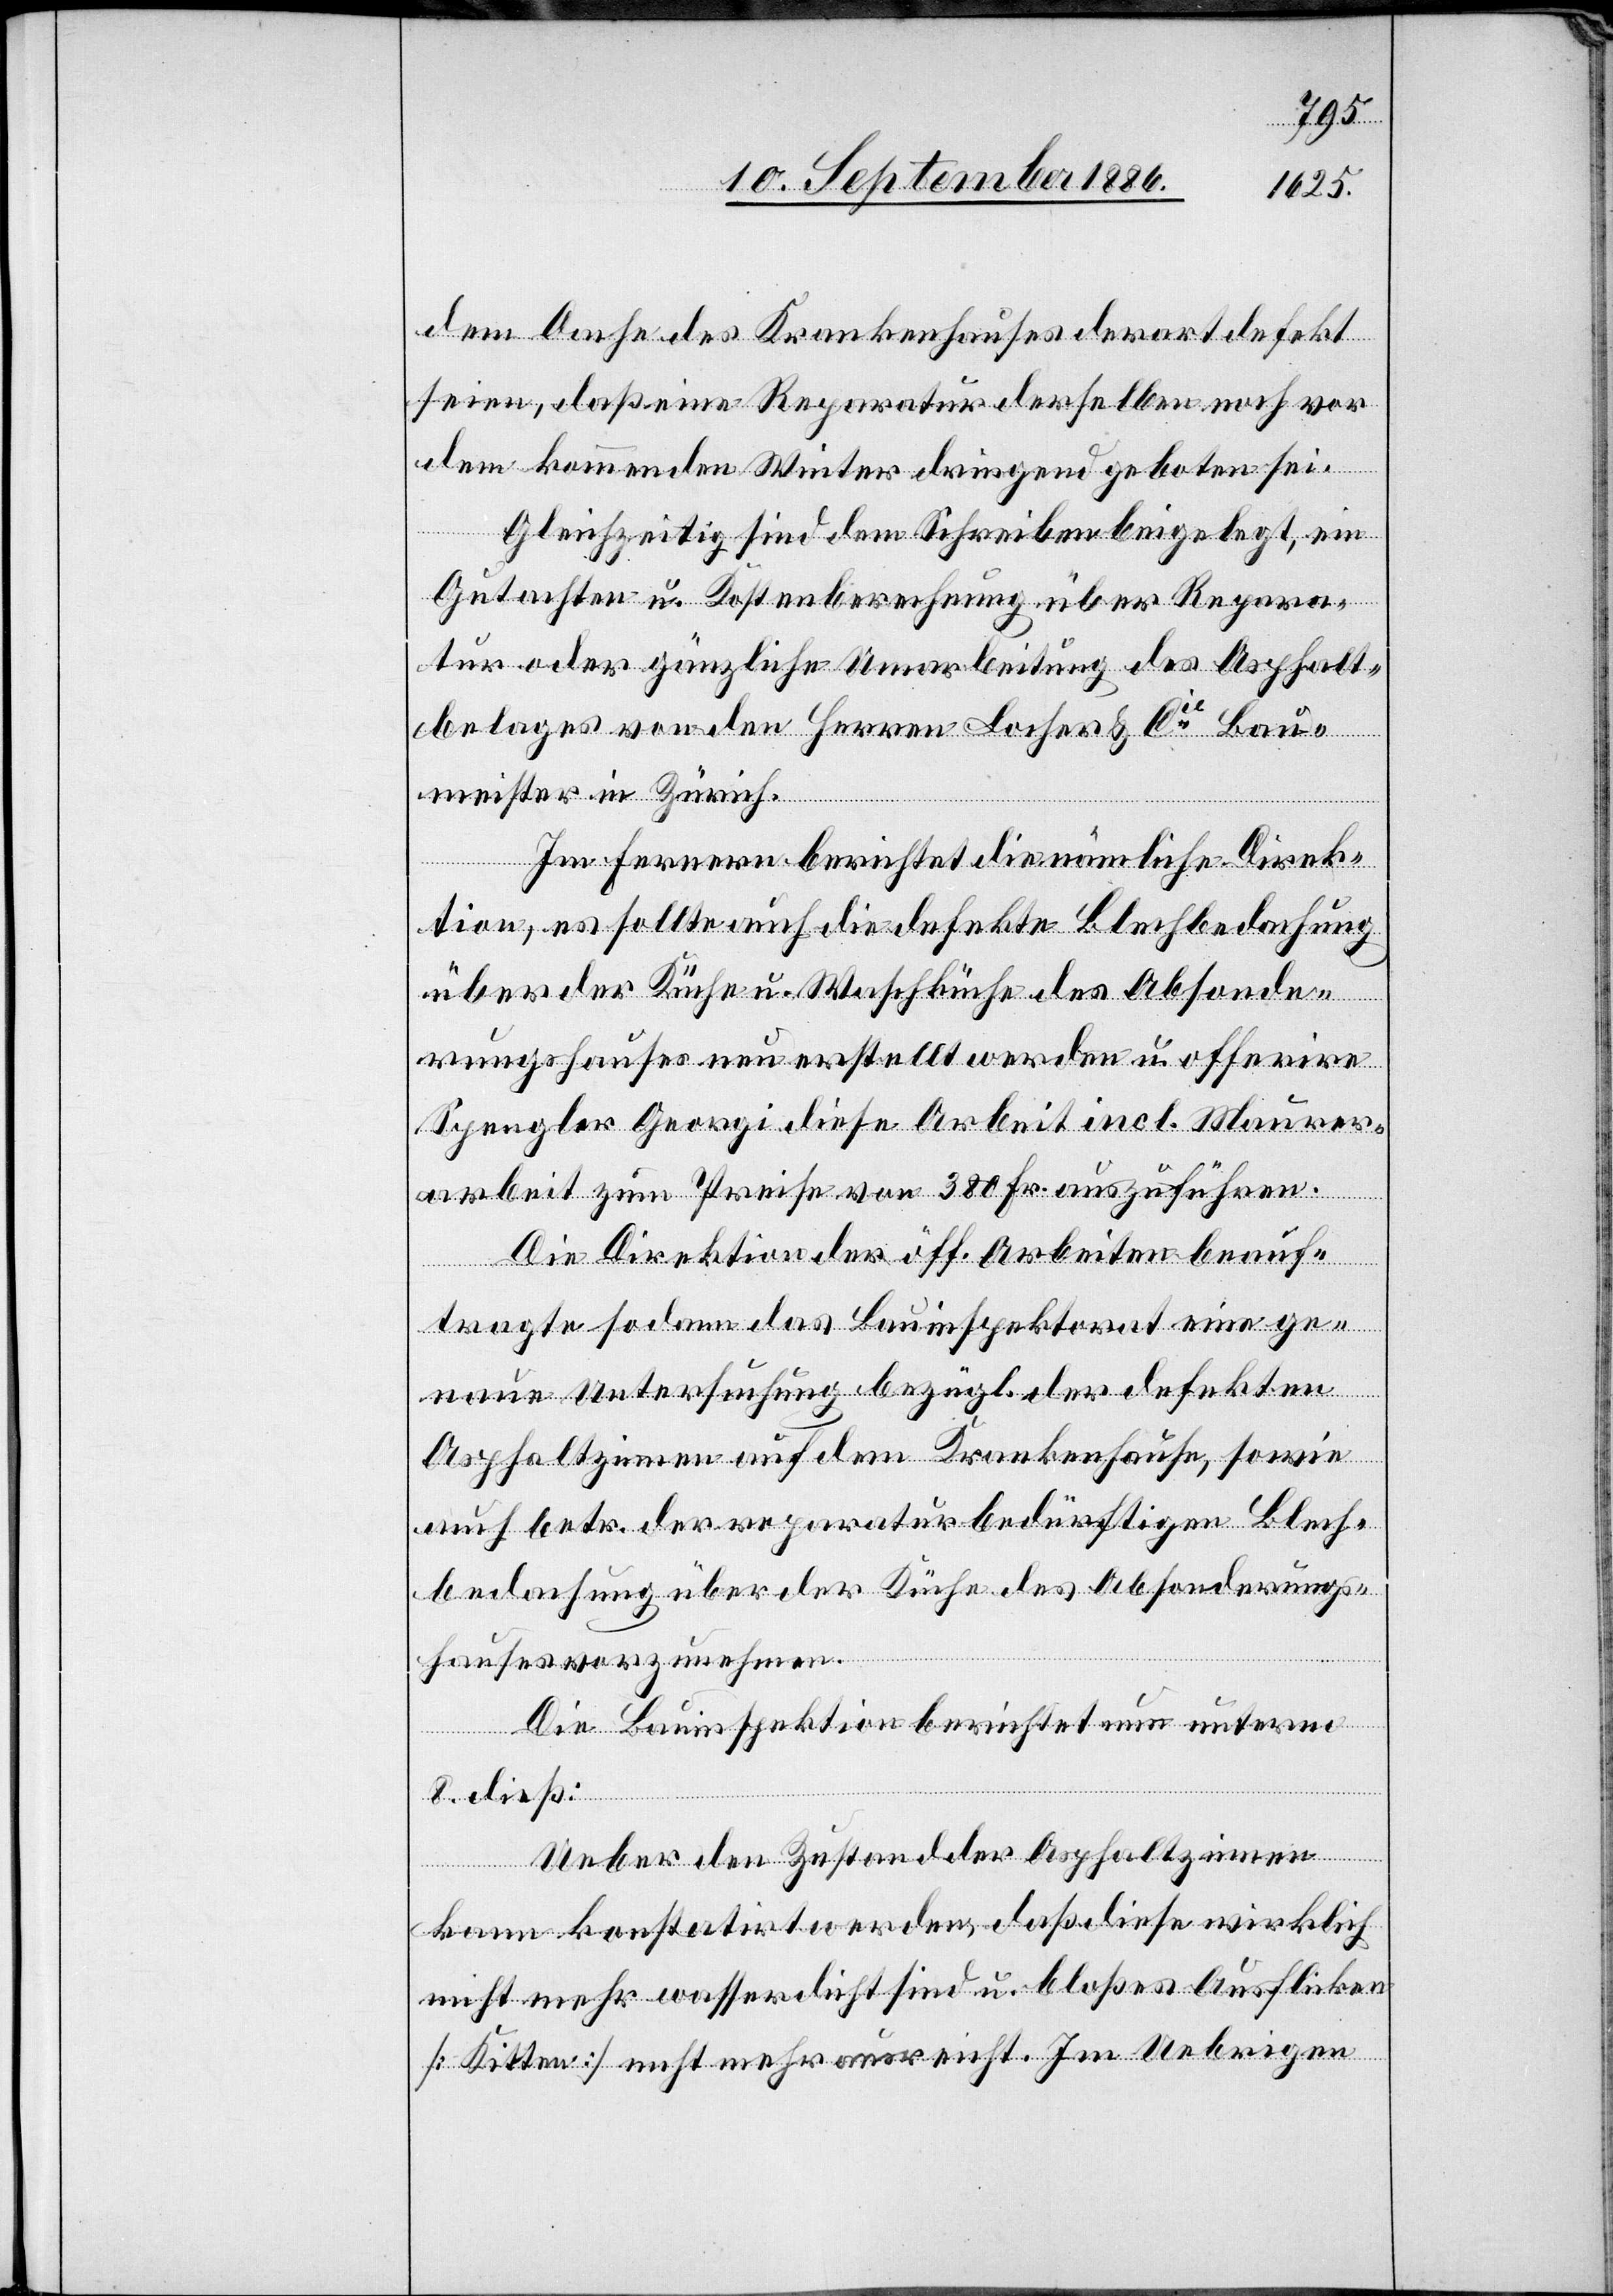
dem Dache des Krankenhauses derart defekt
seien, daß eine Reparatur derselben noch vor
dem kommenden Winter dringend geboten sei.
Gleichzeitig sind dem Schreiben beigelegt, ein
Gutachten u. Kostenberechnung über Repara¬
tur oder gänzliche Umarbeitung des Asphalt¬
belages von den Herren Locher & Cie Bau¬
meister in Zürich.
Im Fernern berichtet die nämliche Direk¬
tion, es sollte auch die defekte Blechbedachung
über der Küche u. Waschküche des Absonde¬
rungshauses neu erstellt werden u. offerire
Spengler Georgi diese Arbeit incl. Maurer¬
arbeit zum Preise von 380 Fr. auszuführen.
Die Direktion der öff. Arbeiten beauf¬
tragte sodann das Bauinspektorat eine ge¬
naue Untersuchung bezügl. der defekten
Asphaltzinnen auf dem Krankenhause, sowie
auch betr. der reparaturbedürftigen Blech¬
bedachung über der Küche des Absonderungs¬
hauses vorzunehmen.
Die Bauinspektion berichtet nun unterm
8. dieß:
Ueber den Zustand der Asphaltzinnen
kann konstatirt werden, daß diese wirklich
nicht mehr wasserdicht sind u. bloßes Ausflicken
[Kitten] nicht mehr ausreicht. Im Uebrigen